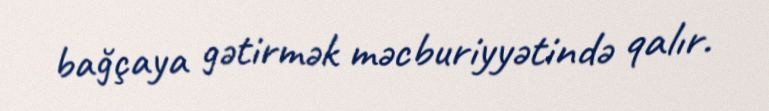
bağçaya gətirmək məcburiyyətində qalır.